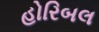
હોરિબલ